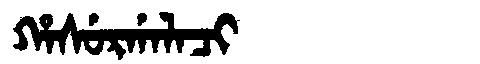
Manchu: ᡥᠠᠰᡠᡵᡤᠠᠯᠠᠴᡳ
Romanization: HASURGALACI